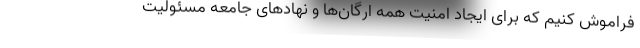
فراموش کنیم که برای ایجاد امنیت همه ارگان‌ها و نهادهای جامعه مسئولیت